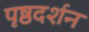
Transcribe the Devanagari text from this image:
पृष्ठदर्शन